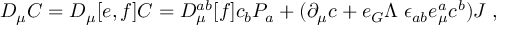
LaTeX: D _ { \mu } C = D _ { \mu } [ e , f ] C = { \cal D } _ { \mu } ^ { a b } [ f ] c _ { b } P _ { a } + ( \partial _ { \mu } c + e _ { G } \Lambda \; \epsilon _ { a b } e _ { \mu } ^ { a } c ^ { b } ) J \; ,